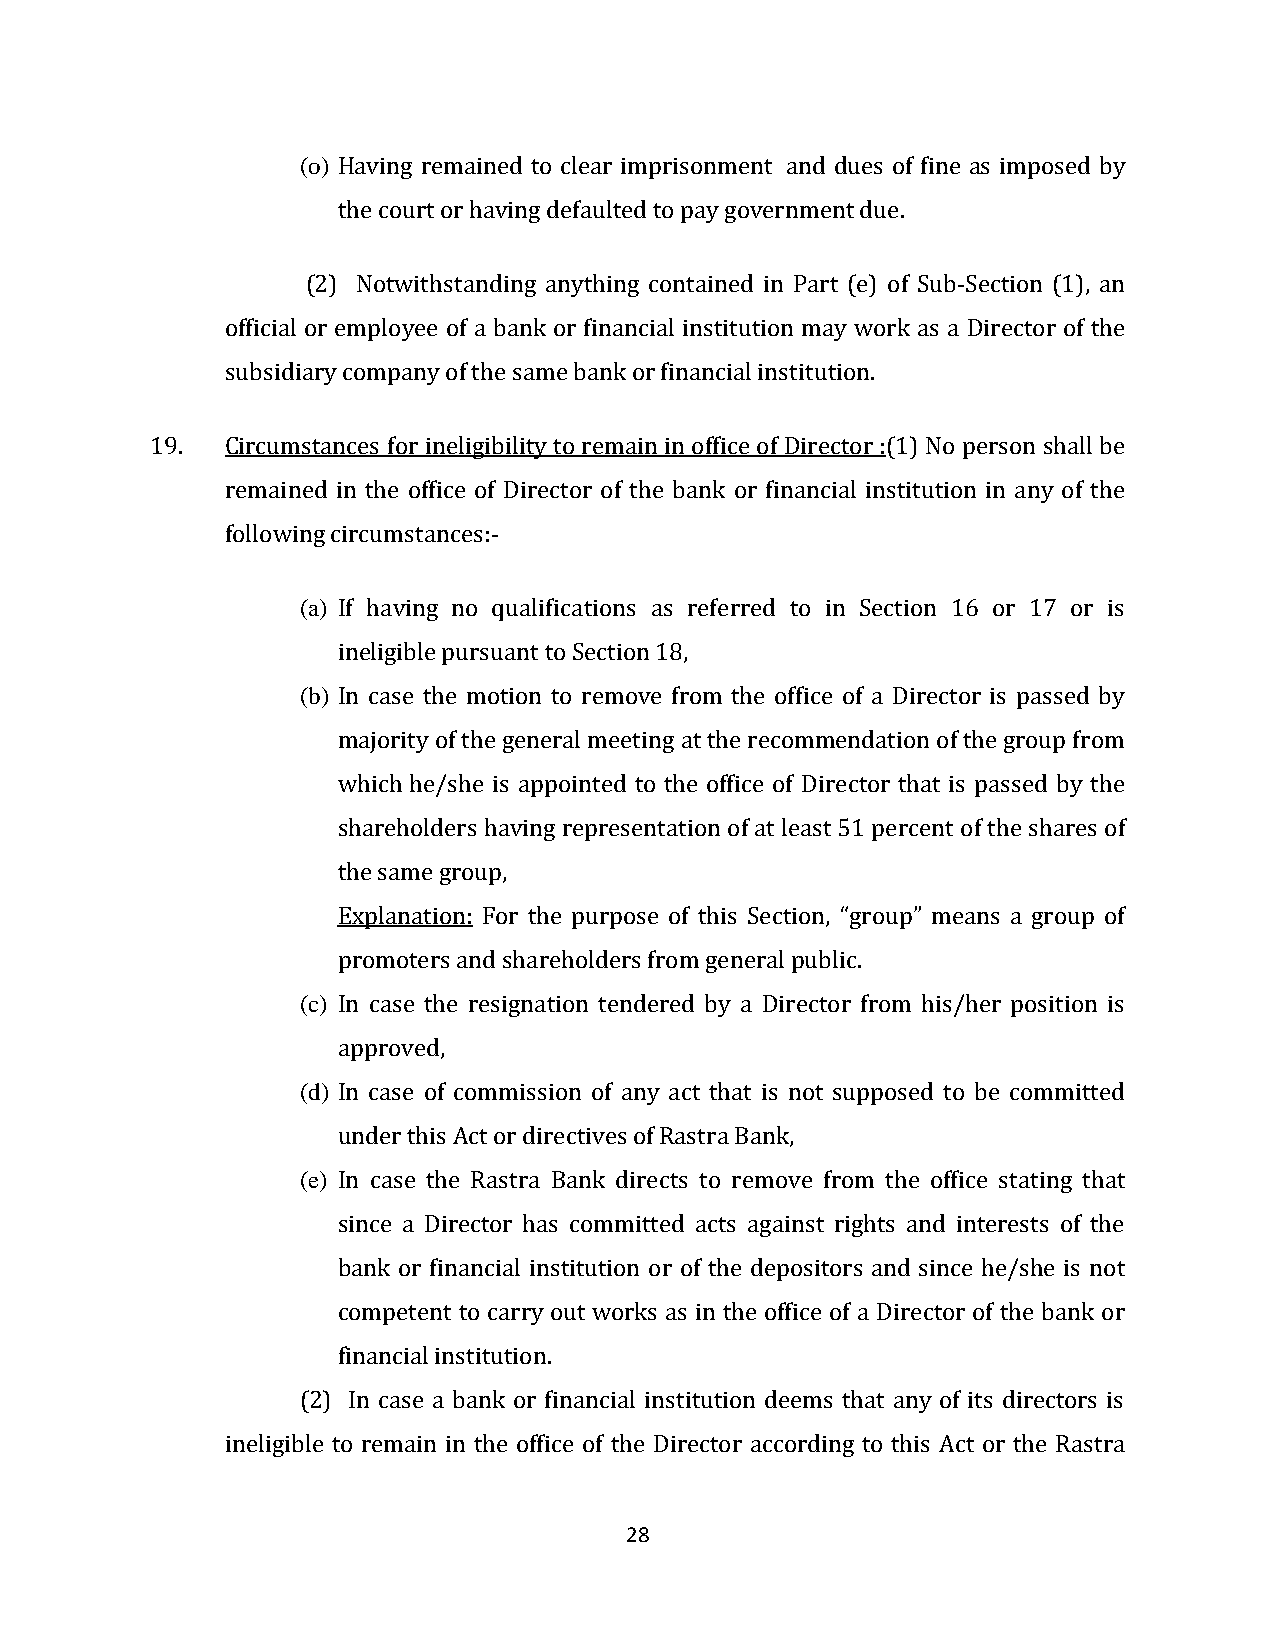
(o) Having remained to clear imprisonment and dues of fine as imposed by
 the court or having defaulted to pay government due.
 (2) Notwithstanding anything contained in Part (e) of Sub-Section (1), an
 official or employee of a bank or financial institution may work as a Director of the
 subsidiary company of the same bank or financial institution.
 19.  Circumstances for ineligibility to remain in office of Director :(1) No person shall be
 remained in the office of Director of the bank or financial institution in any of the
 following circumstances:-
 (a) If having no qualifications as referred to in Section 16 or 17 or is
 ineligible pursuant to Section 18,
 (b) In case the motion to remove from the office of a Director is passed by
 majority of the general meeting at the recommendation of the group from
 which he/she is appointed to the office of Director that is passed by the
 shareholders having representation of at least 51 percent of the shares of
 the same group,
 Explanation: For the purpose of this Section, “group” means a group of
 promoters and shareholders from general public.
 (c) In case the resignation tendered by a Director from his/her position is
 approved,
 (d) In case of commission of any act that is not supposed to be committed
 under this Act or directives of Rastra Bank,
 (e) In case the Rastra Bank directs to remove from the office stating that
 since a Director has committed acts against rights and interests of the
 bank or financial institution or of the depositors and since he/she is not
 competent to carry out works as in the office of a Director of the bank or
 financial institution.
 (2) In case a bank or financial institution deems that any of its directors is
 ineligible to remain in the office of the Director according to this Act or the Rastra
 28